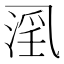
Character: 𱎍